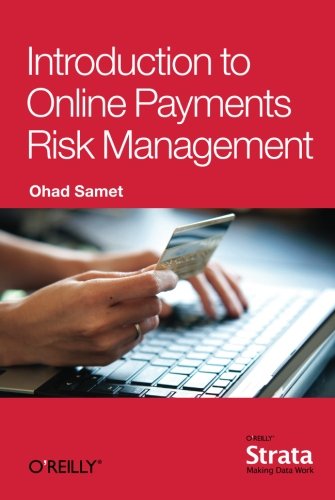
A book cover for Introduction to Online Payments Risk Management; Ohad Samet; Computers & Technology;